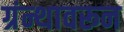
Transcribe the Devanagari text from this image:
ग्रंन्थावरून